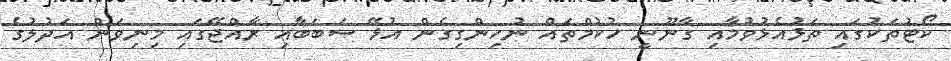
ކޯޓުތަކުގައި ތަޅުއެޅުވުމާއި ގާނޫނީ ހުކުމްތައް ނުހިންގިގެން އުޅޭ ސަބަބާއި ރާއްޖޭގައި މިނިވަން އަދުލުގެ